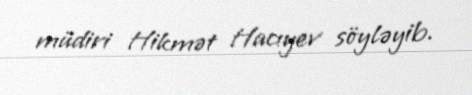
müdiri Hikmət Hacıyev söyləyib.